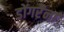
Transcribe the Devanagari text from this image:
डोंगरेंना